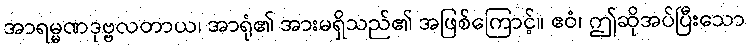
အာရမ္မဏဒုဗ္ဗလတာယ၊ အာရုံ၏ အားမရှိသည်၏ အဖြစ်ကြောင့်။ ဧဝံ၊ ဤဆိုအပ်ပြီးသော